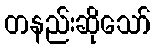
တနည်းဆိုသော်